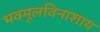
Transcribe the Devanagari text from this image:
भवमूलविनाशाय